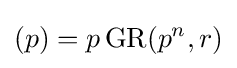
(p)=p\operatorname {GR} (p^{n},r)